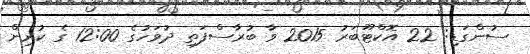
ސުންގަޑި: 22 އޮކްޓޫބަރު 2015 ވާ ބުރާސްފަތި ދުވަހުގެ 12:00 ގެ ކުރިން